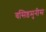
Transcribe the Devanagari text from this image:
वसिष्ठमुनीस